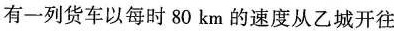
有一列货车以每时80km的速度从乙城开往